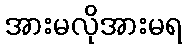
အားမလိုအားမရ